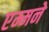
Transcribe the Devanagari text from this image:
एम्मने